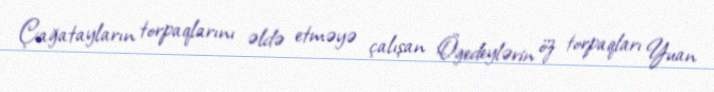
Çağatayların torpaqlarını əldə etməyə çalışan Ögedeylərin öz torpaqları Yuan